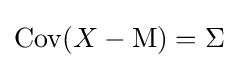
\mathrm {Cov} (X-\mathrm {M} )=\Sigma